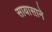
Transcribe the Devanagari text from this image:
सायासाने